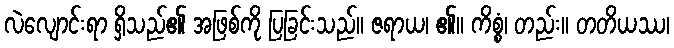
လဲလျောင်းရာ ရှိသည်၏ အဖြစ်ကို ပြခြင်းသည်။ ဇရာယ၊ ၏။ ကိစ္စံ၊ တည်း။ တတိယဿ၊